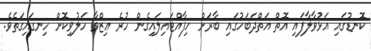
ކޮނޑުގައި އަޅުވާލާފައި އޮތް އަތްދަބަހުގައި ބާރަށް ހިފާއްޓައިލައިގެން ހުރެ ޢިޒްވާ ހަލުވިކޮށް ހިނގައިގަތެވެ.